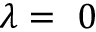
\lambda = ~ 0